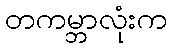
တကမ္ဘာလုံးက